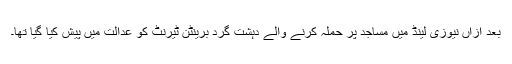
بعد ازاں نیوزی لینڈ میں مساجد پر حملہ کرنے والے دہشت گرد برینٹن ٹیرنٹ کو عدالت میں پیش کیا گیا تھا۔